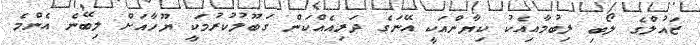
ޒައުލްގެ ލޯބި ލިބުމާއިއެކު ކިޔާންއަކީ އޭނަގެ ދަރިއެއްކަން ގަބޫލުކުރުމަކީ ޔޫހާއަށް ލިބޭނެ އެންމެ